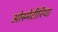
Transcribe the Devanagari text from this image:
ओस्मेटीरिया